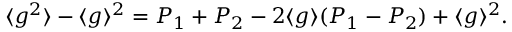
{ \langle g ^ { 2 } \rangle - \langle g \rangle ^ { 2 } = P _ { 1 } + P _ { 2 } - 2 \langle g \rangle ( P _ { 1 } - P _ { 2 } ) + \langle g \rangle ^ { 2 } } .